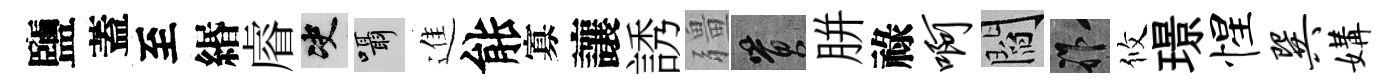
鹽蓋至緡𥈠决囁進䏻寡讓誘疆篔胼祿啊閻祚攸璟惺巽媾